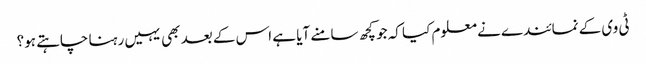
ٹی وی کے نمائندے نے معلوم کیا کہ جو کچھ سامنے آیا ہے اس کے بعد بھی یہیں رہنا چاہتے ہو؟